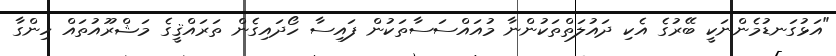
"އަޅުގަނޑުމެންނަކީ ބޭރުގެ އެކި ދައުލަތްތަކުންނާ މުއައްސަސާތަކުން ފައިސާ ހޯދައިގެން ތަރައްޤީގެ މަޝްރޫއުތައް ހިންގާ